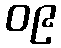
၀၉